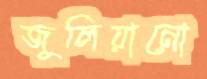
জুলিয়ানো